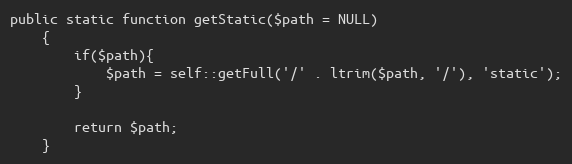
Language: PHP
public static function getStatic($path = NULL)
    {
        if($path){
            $path = self::getFull('/' . ltrim($path, '/'), 'static');
        }

        return $path;
    }